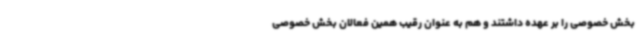
بخش خصوصی را بر عهده داشتند و هم به عنوان رقیب همین فعالان بخش خصوصی